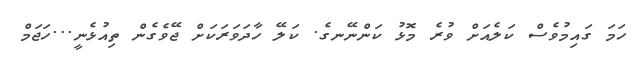
ހަމަ ގައިމުވެސް ކަލެއަށް ވުރެ މޮޅު ކަންނޭނގެ. ކަލޭ ހާދަވަރަކަށް ޖޭވެގެން ތިއުޅެނީ...ހަޖަމް